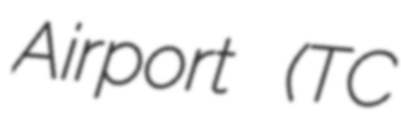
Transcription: Airport (TC